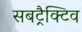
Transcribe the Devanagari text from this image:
सबट्रैक्टिव